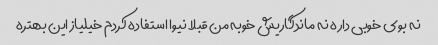
نه بوی خوبی داره نه ماندگاریش خوبه من قبلا نیوا استفاده کردم خیلیاز این بهتره